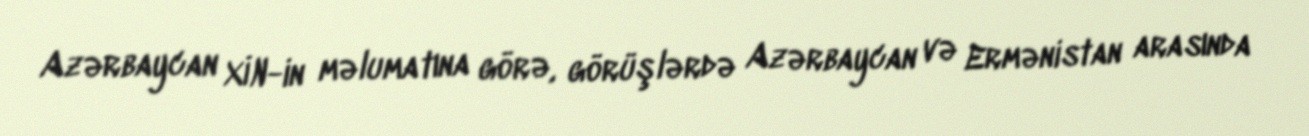
Azərbaycan XİN-in məlumatına görə, görüşlərdə Azərbaycan və Ermənistan arasında